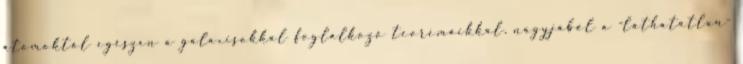
atomoktól egészen a galaxisokkal foglalkozó teorémáikkal, nagyjából a -láthatatlan-